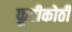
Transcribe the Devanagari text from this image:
फूटीकोठी